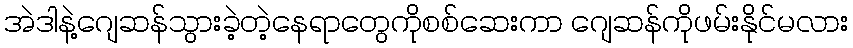
အဲဒါနဲ့ဂျေဆန်သွားခဲ့တဲ့နေရာတွေကိုစစ်ဆေးကာ ဂျေဆန်ကိုဖမ်းနိုင်မလား